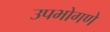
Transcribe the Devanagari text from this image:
उपभोगणे